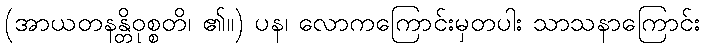
(အာယတနန္တိဝုစ္စတိ၊ ၏။) ပန၊ လောကကြောင်းမှတပါး သာသနာကြောင်း